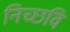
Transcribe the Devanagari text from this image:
निच्छवि